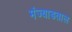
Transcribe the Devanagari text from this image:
मंज्याडताल